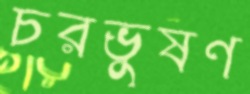
চরভুষণ